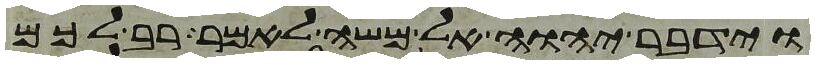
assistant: וידבר יהוה אל משה לאמר רב לכם